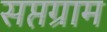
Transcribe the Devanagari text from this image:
सप्तग्राम